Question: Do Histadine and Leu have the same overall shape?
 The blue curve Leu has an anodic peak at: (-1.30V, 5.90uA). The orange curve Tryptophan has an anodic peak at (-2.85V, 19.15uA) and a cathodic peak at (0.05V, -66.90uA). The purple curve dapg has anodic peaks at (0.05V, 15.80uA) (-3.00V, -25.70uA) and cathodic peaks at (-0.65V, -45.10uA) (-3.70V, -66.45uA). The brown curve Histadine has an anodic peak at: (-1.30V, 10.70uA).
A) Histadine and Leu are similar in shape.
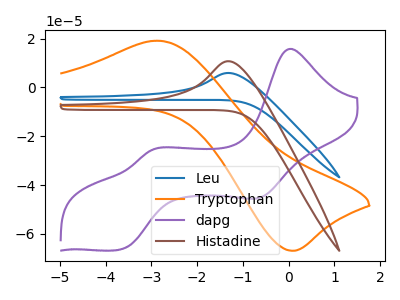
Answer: <think>All the peaks in "Histadine" have a peak in "Leu" at the same potential. Every peak in "Histadine" is higher than every peak in "Leu".
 </think>
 <answer>A) "Histadine" and "Leu" are similar in shape.</answer>
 <eval>A</eval>